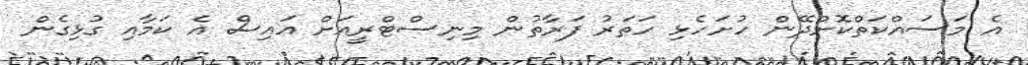
އެ މަސައްކަތްކޮށްދޭން ހުށަހެޅި ހަތަރު ފަރާތުން މިނިސްޓްރީއަށް އައިސް އެ ކަމާއި ގުޅިގެން